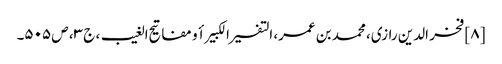
[۸] فخر الدین رازی، محمد بن عمر، التفسیر الکبیر أو مفاتیح الغیب، ج ۳، ص ۵۰۵۔